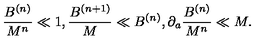
\frac { B ^ { ( n ) } } { M ^ { n } } \ll 1 , \frac { B ^ { ( n + 1 ) } } { M } \ll B ^ { ( n ) } , \partial _ { a } \frac { B ^ { ( n ) } } { M ^ { n } } \ll M .